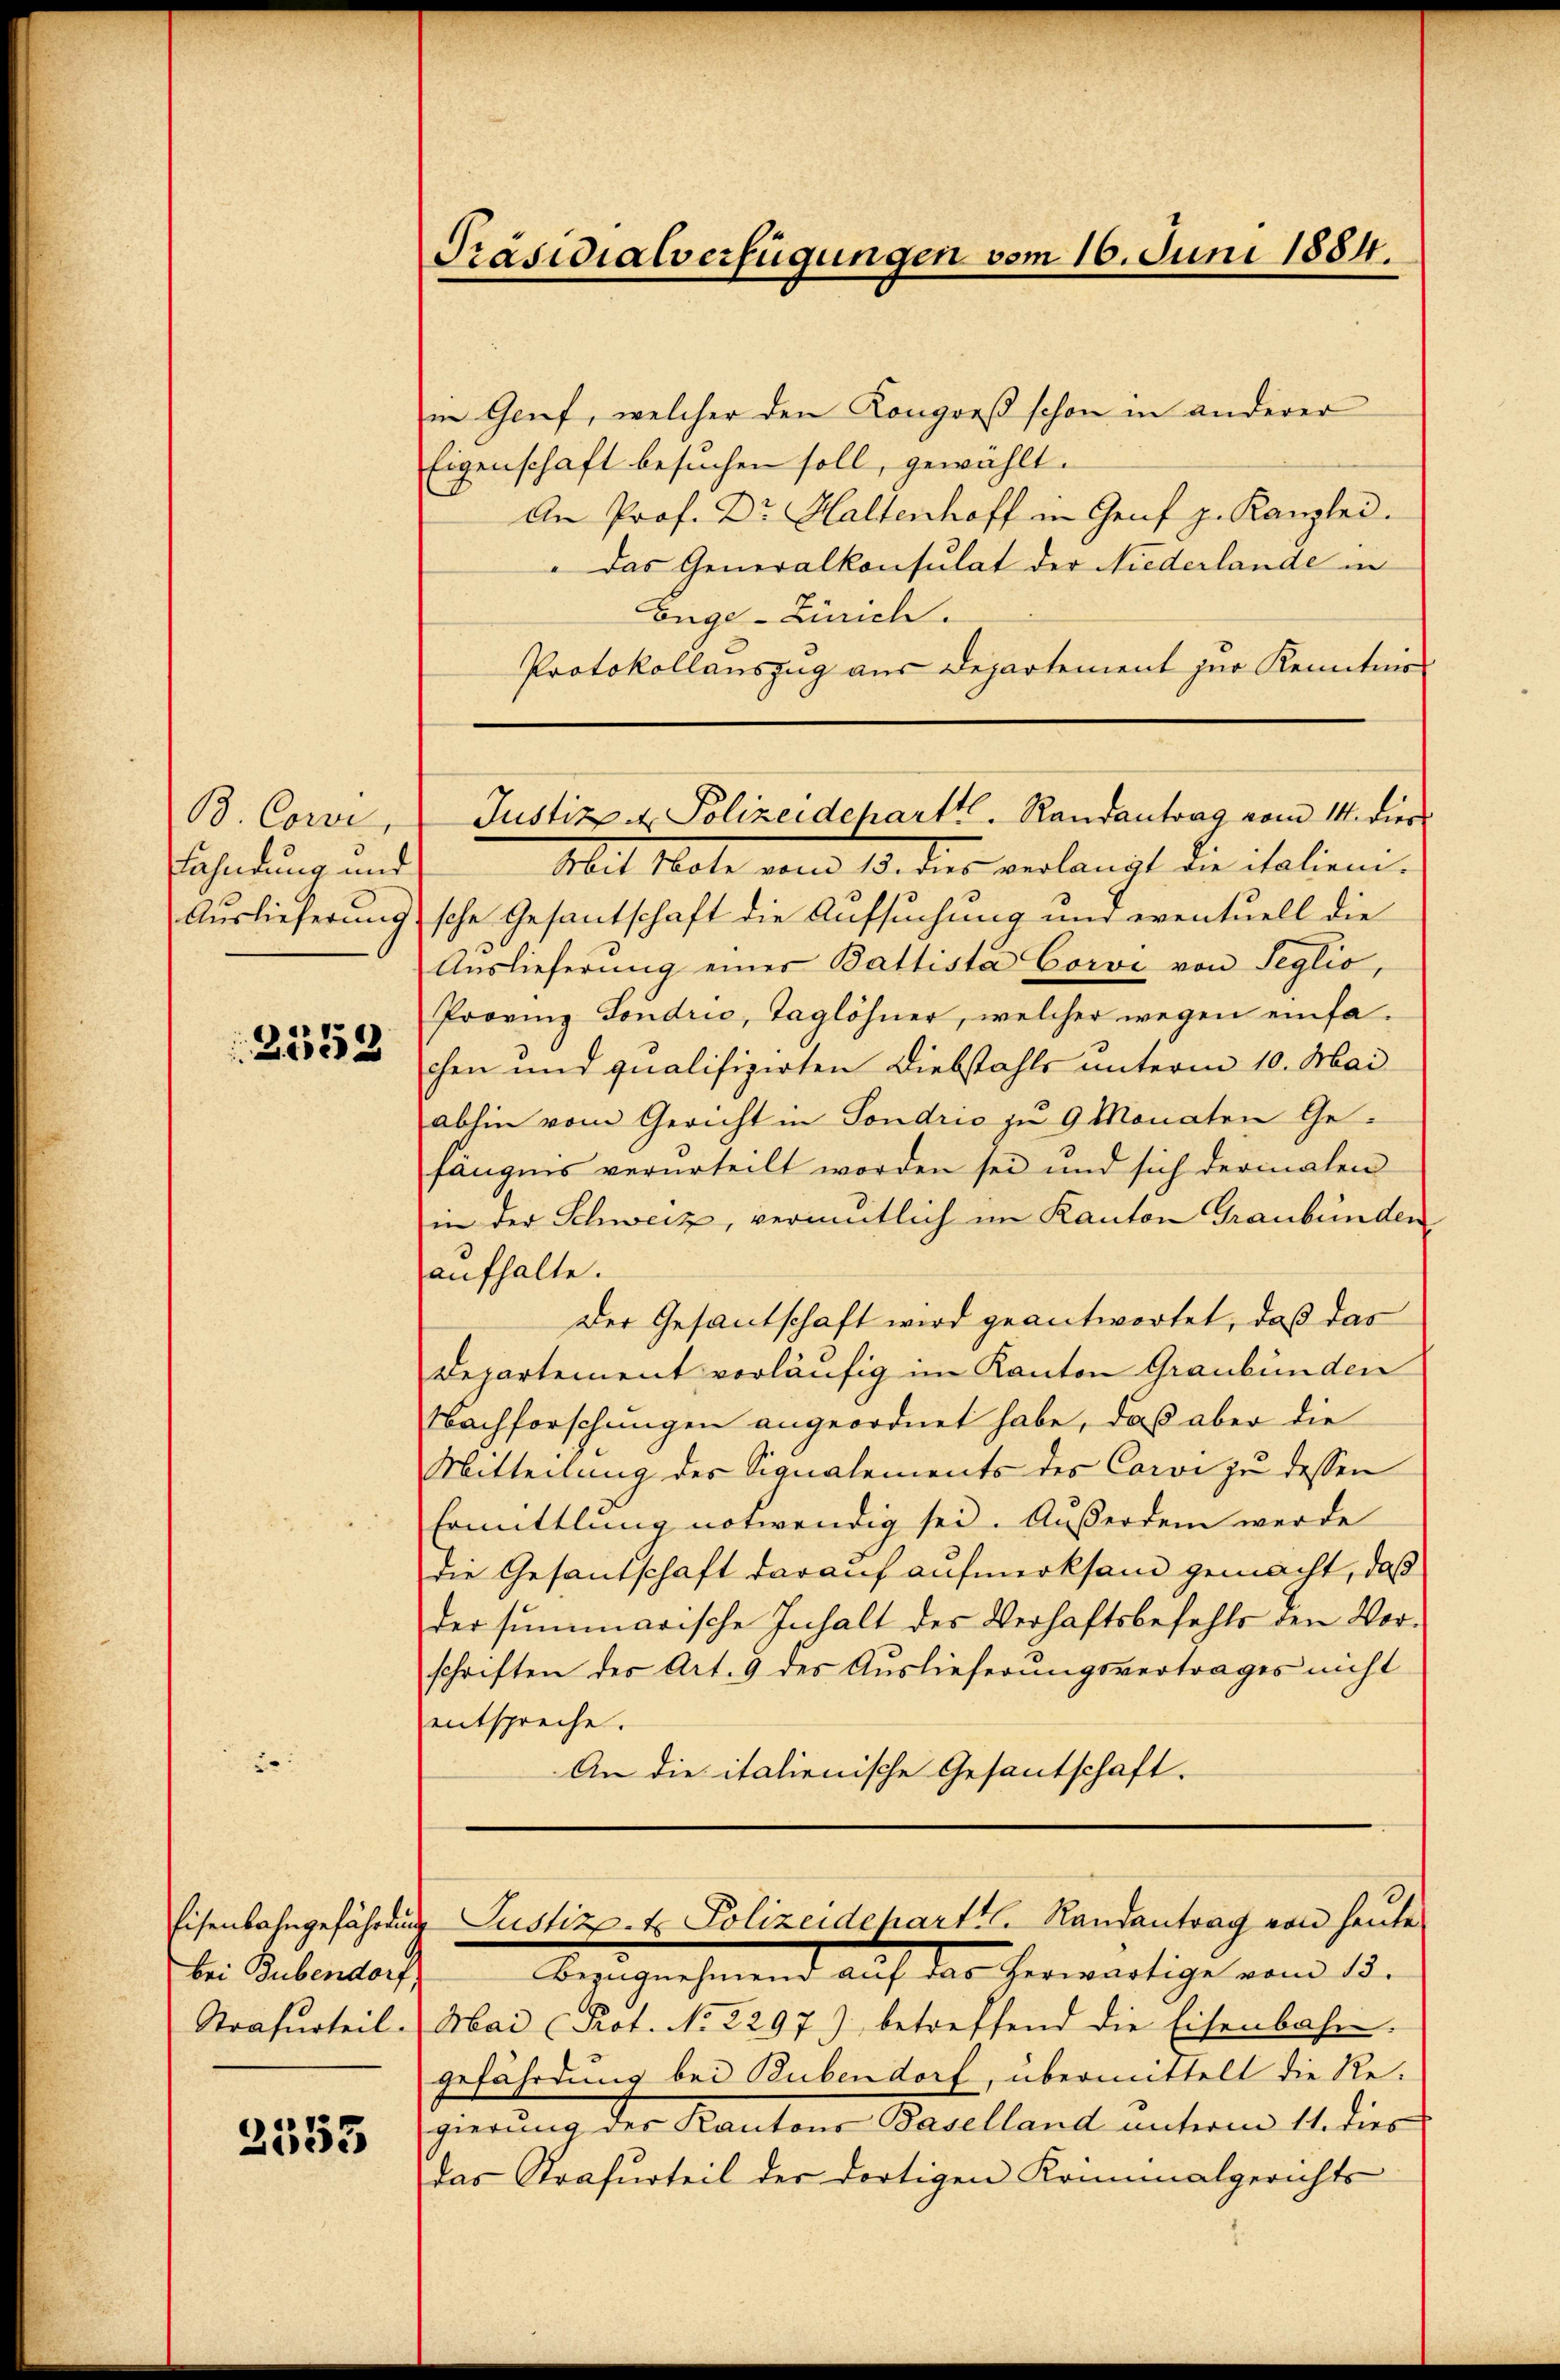
B. Corvi,
Fahndung und
Auslieferung.
2553

bei Bubendorf

2553

Präsidialverfügungen vom 16. Juni 1884.

in Genf, welcher den Kongreß schon in anderer
Eigenschaft besuchen soll, gewählt.
An Prof. Dr. Haltenhoff in Genf z. Kanzlei.
" Das Generalkonsulat der Niederlande in
Enge-Zürich.
Protokollauszug aus Departement zur Kenntnis
Mit Note vom 13. dies verlangt die italien-
sche Gesantschaft die Aufsuchung und eventuell die
Auslieferung einer Battista Corvi von Seglio,
Provinz Sondrić, Taglöhner, welcher wegen einfachen und qualifizirten Diebstahls unterm 10. Mai
abhin vom Gericht in Sondrio zu 9 Monaten Gefängnis verurteilt worden sei und sich dermalen
in der Schweiz, vermutlich im Kanton Graubünden
aufhalte.
Der Gesantschaft wird geantwortet, daß das
Departement vorläufig im Kanton Graubünden
Nachforschungen angeordnet habe, daß aber die
Mitteilung des Signalements des Corvi zu dessen
Ermittlung notwendig sei. Außerdem werde
die Gesandschaft darauf aufmerksam gemacht, daß
der summarische Inhalt des Verhaftsbefehls den Vorschriften der Art. 9 des Auslieferungsvertrages nicht
entspreche.
An die italienische Gesantschaft.

Justiz & Polizeidcharttl. Randantrag vom 14. dies

Bezugnahmend auf das herwärtige vom 15.
Strafurteil. Mai Prot. No 2297) betreffend die Eisenbahn.
gefährdung bei Bubendorf, übermittelt die Re-
gierung des Kantons Baselland unterm 11. dies
das Strafurteil der dortigen Kriminalgerichts

Eisenbahngefährdung Justiz- & Polizeidcharttl. Randantrag von heute